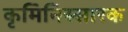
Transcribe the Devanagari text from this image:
कृमिनिस्सारक